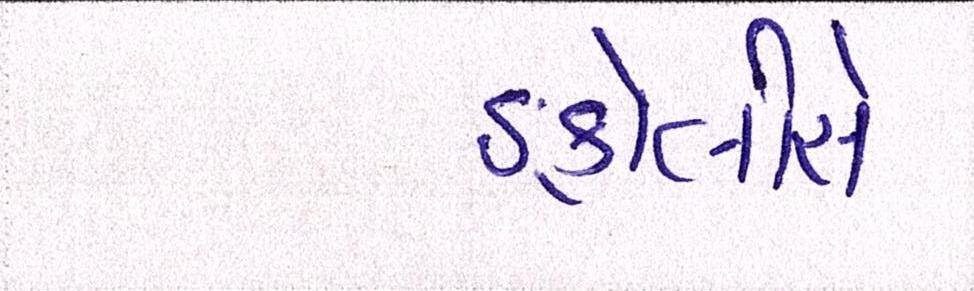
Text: ઙ્કોલીસે